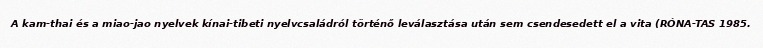
A kam-thai és a miao-jao nyelvek kínai-tibeti nyelvcsaládról történő leválasztása után sem csendesedett el a vita (RÓNA-TAS 1985.